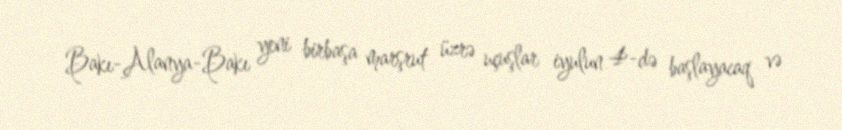
Bakı-Alanya-Bakı yeni birbaşa marşrut üzrə uçuşlar iyulun 4-də başlayacaq və